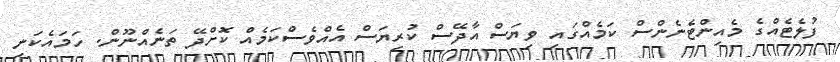
ފުލެޓެއްގެ މެއިންޓެނެންސް ކަމެއްގައި ވިޔަސް އާދޭސް ކުރިޔަސް އެއްވެސްކަމެއް ކޮށްދޭ ތަނެއްނޫން. ހަމައެކަނި